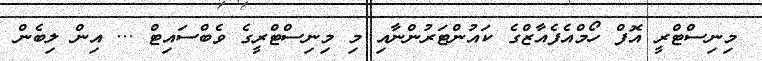
މިނިސްޓްރީ އޮފް ހޯމްއެފެއާޒްގެ ކައުންޓަރުންނާއި މި މިނިސްޓްރީގެ ވެބްސައިޓް ... އިން ލިބެން